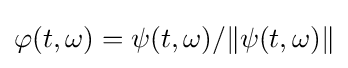
\varphi (t,\omega )=\psi (t,\omega )/\|\psi (t,\omega )\|